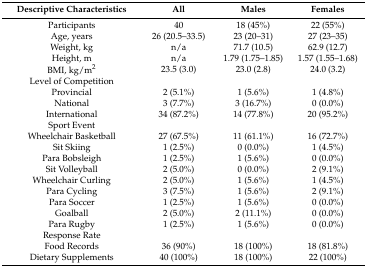
<table><thead><tr><td><b>Descriptive Characteristics</b></td><td><b>All</b></td><td><b>Males</b></td><td><b>Females</b></td></tr></thead><tbody><tr><td>Participants</td><td>40</td><td>18 (45%)</td><td>22 (55%)</td></tr><tr><td>Age, years</td><td>26 (20.5–33.5)</td><td>23 (20–31)</td><td>27 (23–35)</td></tr><tr><td>Weight, kg</td><td>n/a</td><td>71.7 (10.5)</td><td>62.9 (12.7)</td></tr><tr><td>Height, m</td><td>n/a</td><td>1.79 (1.75–1.85)</td><td>1.57 (1.55–1.68)</td></tr><tr><td>BMI, kg/m<sup>2</sup></td><td>23.5 (3.0)</td><td>23.0 (2.8)</td><td>24.0 (3.2)</td></tr><tr><td>Level of Competition</td><td></td><td></td><td></td></tr><tr><td>Provincial</td><td>2 (5.1%)</td><td>1 (5.6%)</td><td>1 (4.8%)</td></tr><tr><td>National</td><td>3 (7.7%)</td><td>3 (16.7%)</td><td>0 (0.0%)</td></tr><tr><td>International</td><td>34 (87.2%)</td><td>14 (77.8%)</td><td>20 (95.2%)</td></tr><tr><td>Sport Event</td><td></td><td></td><td></td></tr><tr><td>Wheelchair Basketball</td><td>27 (67.5%)</td><td>11 (61.1%)</td><td>16 (72.7%)</td></tr><tr><td>Sit Skiing</td><td>1 (2.5%)</td><td>0 (0.0%)</td><td>1 (4.5%)</td></tr><tr><td>Para Bobsleigh</td><td>1 (2.5%)</td><td>1 (5.6%)</td><td>0 (0.0%)</td></tr><tr><td>Sit Volleyball</td><td>2 (5.0%)</td><td>0 (0.0%)</td><td>2 (9.1%)</td></tr><tr><td>Wheelchair Curling</td><td>2 (5.0%)</td><td>1 (5.6%)</td><td>1 (4.5%)</td></tr><tr><td>Para Cycling</td><td>3 (7.5%)</td><td>1 (5.6%)</td><td>2 (9.1%)</td></tr><tr><td>Para Soccer</td><td>1 (2.5%)</td><td>1 (5.6%)</td><td>0 (0.0%)</td></tr><tr><td>Goalball</td><td>2 (5.0%)</td><td>2 (11.1%)</td><td>0 (0.0%)</td></tr><tr><td>Para Rugby</td><td>1 (2.5%)</td><td>1 (5.6%)</td><td>0 (0.0%)</td></tr><tr><td>Response Rate</td><td></td><td></td><td></td></tr><tr><td>Food Records</td><td>36 (90%)</td><td>18 (100%)</td><td>18 (81.8%)</td></tr><tr><td>Dietary Supplements</td><td>40 (100%)</td><td>18 (100%)</td><td>22 (100%)</td></tr></tbody></table>